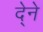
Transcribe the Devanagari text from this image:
दे्ने